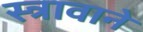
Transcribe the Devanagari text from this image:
स्त्रावाने